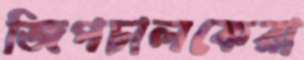
জিপচালকেরা